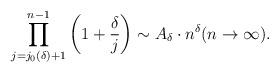
LaTeX: \begin{align*}\prod_{j=j_0(\delta)+1}^{n-1} \left(1+\dfrac{\delta}{j}\right) \sim A_{\delta} \cdot n^{\delta} (n \to \infty).\end{align*}